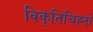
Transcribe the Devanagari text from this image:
विकृतिचिह्नों